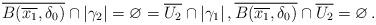
LaTeX: \begin{align*}\overline{B(\overline{x_1},\delta_0)}\cap|\gamma_2|=\varnothing=\overline{U_2}\cap|\gamma_1|\,,\overline{B(\overline{x_1}, \delta_0)}\cap\overline{U_2}=\varnothing\,.\end{align*}